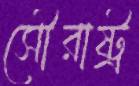
সৌরাষ্ট্র